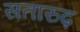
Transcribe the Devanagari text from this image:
सतारुढ़